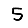
Digit: 5